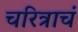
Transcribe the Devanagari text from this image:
चरित्राचं